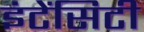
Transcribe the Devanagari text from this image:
इंटेंसिटी